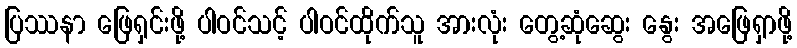
ပြဿနာ ဖြေရှင်းဖို့ ပါဝင်သင့် ပါဝင်ထိုက်သူ အားလုံး တွေ့ဆုံဆွေး နွေး အဖြေရှာဖို့